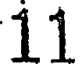
11